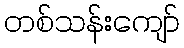
တစ်သန်းကျော်